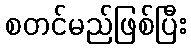
စတင်မည်ဖြစ်ပြီး